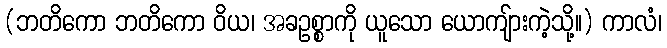
(ဘတိကော ဘတိကော ဝိယ၊ အခဥစ္စာကို ယူသော ယောကျ်ားကဲ့သို့။) ကာလံ၊